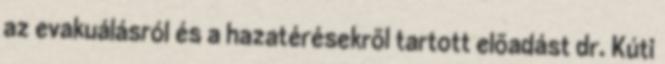
az evakuálásról és a hazatérésekrõl tartott elõadást dr. Kúti